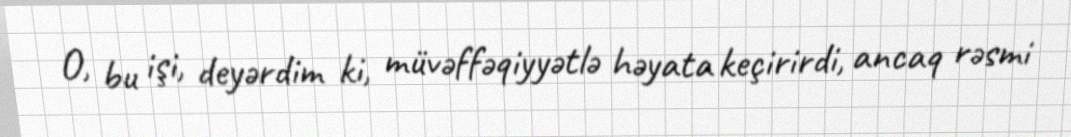
O, bu işi, deyərdim ki, müvəffəqiyyətlə həyata keçirirdi, ancaq rəsmi